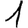
Digit: 1